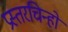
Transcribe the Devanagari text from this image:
प्रस्तरचिन्हों